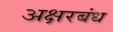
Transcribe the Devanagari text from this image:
अक्षरबंध